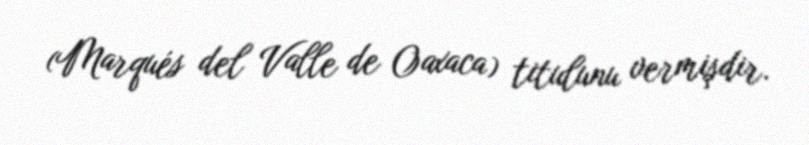
(Marqués del Valle de Oaxaca) titulunu vermişdir.